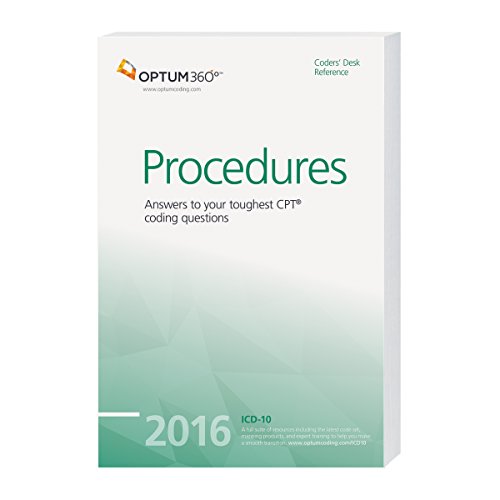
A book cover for The Coders' Desk Reference for Procedures - 2016; Optum360; Medical Books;